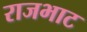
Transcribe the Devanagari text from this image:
राजभाट